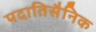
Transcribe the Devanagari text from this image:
पदातिसैनिक